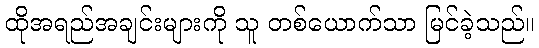
ထိုအရည်အချင်းများကို သူ တစ်ယောက်သာ မြင်ခဲ့သည်။